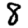
Digit: 8